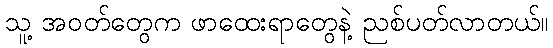
သူ့ အဝတ်တွေက ဖာထေးရာတွေနဲ့ ညစ်ပတ်လာတယ်။